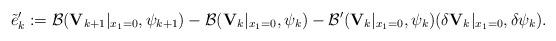
LaTeX: \begin{align*}\tilde{e}'_k:=\mathcal{B}({\mathbf V}_{k+1}|_{x_1=0},\psi_{k+1})-\mathcal{B}({\mathbf V}_{k}|_{x_1=0},\psi_{k})-\mathcal{B}'({\mathbf V}_{k}|_{x_1=0},\psi_{k})(\delta {\mathbf V}_k|_{x_1=0},\delta\psi_k).\end{align*}